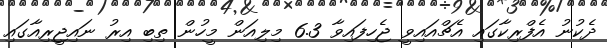
ދެކުނު އެފްރިކާގައި އެޗްއައިވީ ޖެހިފައިވާ 6.3 މިލިއަން މީހުން ތިބި އިރު ނައިޖީރިއާގައި